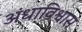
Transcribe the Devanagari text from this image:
अंधाविश्वास